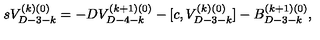
s V _ { D - 3 - k } ^ { ( k ) ( 0 ) } = - D V _ { D - 4 - k } ^ { ( k + 1 ) ( 0 ) } - [ c , V _ { D - 3 - k } ^ { ( k ) ( 0 ) } ] - B _ { D - 3 - k } ^ { ( k + 1 ) ( 0 ) } ,